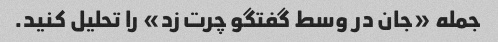
جمله «جان در وسط گفتگو چرت زد» را تحلیل کنید.